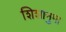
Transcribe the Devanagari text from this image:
शिशानुमा